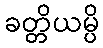
ခတ္တိယမ္ပိ